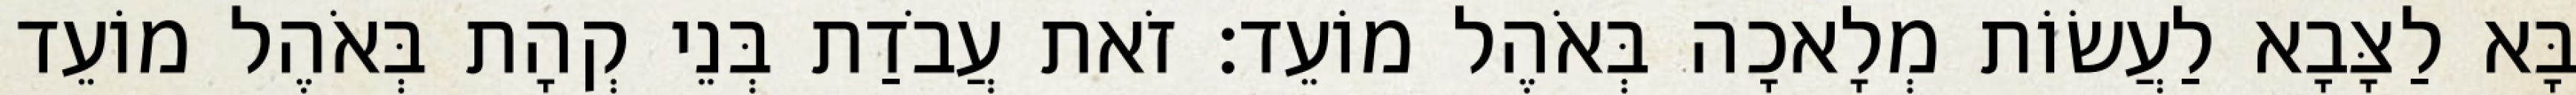
בָּא לַצָּבָא לַעֲשׂוֹת מְלָאכָה בְּאֹהֶל מוֹעֵד׃ זֹאת עֲבֹדַת בְּנֵי קְהָת בְּאֹהֶל מוֹעֵד